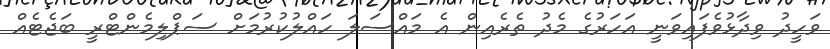
ވަހީދު ވިދާޅުވެފައިވަނީ އަހަރުގެ މެދު ތެރެއިން އެ މައްސަލަ ހައްލުކުރުމަށް ސަޕްލިމެންޓްރީ ބަޖެޓެއް